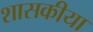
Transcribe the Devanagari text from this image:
शासकीया